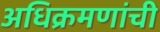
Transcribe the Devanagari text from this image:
अधिक्रमणांची